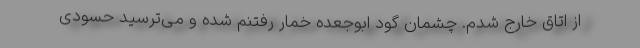
از اتاق خارج شدم. چشمان گود ابوجعده خمار رفتنم شده و می‌ترسید حسودی